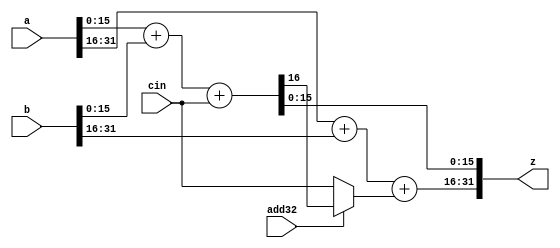
// ========== Copyright Header Begin ==========================================
// 
// OpenSPARC T1 Processor File: sparc_ffu_part_add32.v
// Copyright (c) 2006 Sun Microsystems, Inc.  All Rights Reserved.
// DO NOT ALTER OR REMOVE COPYRIGHT NOTICES.
// 
// The above named program is free software; you can redistribute it and/or
// modify it under the terms of the GNU General Public
// License version 2 as published by the Free Software Foundation.
// 
// The above named program is distributed in the hope that it will be 
// useful, but WITHOUT ANY WARRANTY; without even the implied warranty of
// MERCHANTABILITY or FITNESS FOR A PARTICULAR PURPOSE.  See the GNU
// General Public License for more details.
// 
// You should have received a copy of the GNU General Public
// License along with this work; if not, write to the Free Software
// Foundation, Inc., 51 Franklin St, Fifth Floor, Boston, MA 02110-1301, USA.
// 
// ========== Copyright Header End ============================================
///////////////////////////////////////////////////////////////////////
/*
//  Module Name: sparc_ffu_part_add32
//      Description: This is the ffu VIS adder.  It can do either 
//				2 16 bit adds or 1 32 bit add.
*/
module sparc_ffu_part_add32 (/*AUTOARG*/
   // Outputs
   z, 
   // Inputs
   a, b, cin, add32
   ) ;
   input [31:0] a;
   input [31:0] b;
   input        cin;
   input        add32;

   output [31:0] z;

   wire          cout15; // carry out from lower 16 bit add
   wire          cin16; // carry in to the upper 16 bit add

   assign        cin16 = (add32)? cout15: cin;

   assign      {cout15, z[15:0]} = a[15:0]+b[15:0]+{15'b0,cin};   
   assign      z[31:16] = a[31:16]+b[31:16]+{15'b0,cin16};   
   
endmodule // sparc_ffu_part_add32